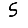
Digit: 5